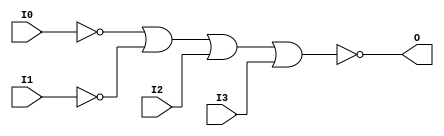
module NOR4B2 (O, I0, I1, I2, I3);

    output O;

    input  I0, I1, I2, I3;

    wire i0_inv;
    wire i1_inv;

    not N1 (i1_inv, I1);
    not N0 (i0_inv, I0);
    nor O1 (O, i0_inv, i1_inv, I2, I3);


endmodule